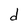
Character: d